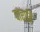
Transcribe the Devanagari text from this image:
वाराहि